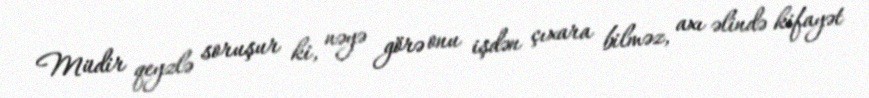
Müdir qeyzlə soruşur ki, nəyə görə onu işdən çıxara bilməz, axı əlində kifayət